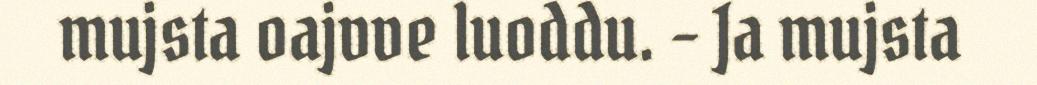
mujsta oajvve luoddu. – Ja mujsta